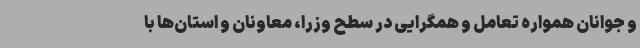
و جوانان همواره تعامل و همگرایی در سطح وزرا، معاونان و استان‌ها با